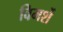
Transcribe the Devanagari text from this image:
विमर्शे